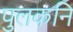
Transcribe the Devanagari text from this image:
पुलकनि